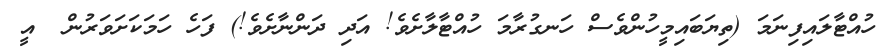
ހުއްޓާލައިފިނަމަ (ތިޔަބައިމީހުންވެސް ހަނގުރާމަ ހުއްޓާލާށެވެ! އަދި ދަންނާށެވެ!) ފަހެ ހަމަކަށަވަރުން  އީ